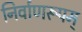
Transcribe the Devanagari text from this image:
निर्वाणरूपम्